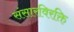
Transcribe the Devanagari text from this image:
संसारविरक्ति